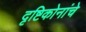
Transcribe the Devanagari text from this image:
दृष्टिकोनांचे